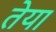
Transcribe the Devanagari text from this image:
तेया